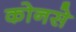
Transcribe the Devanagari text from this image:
कोनसे